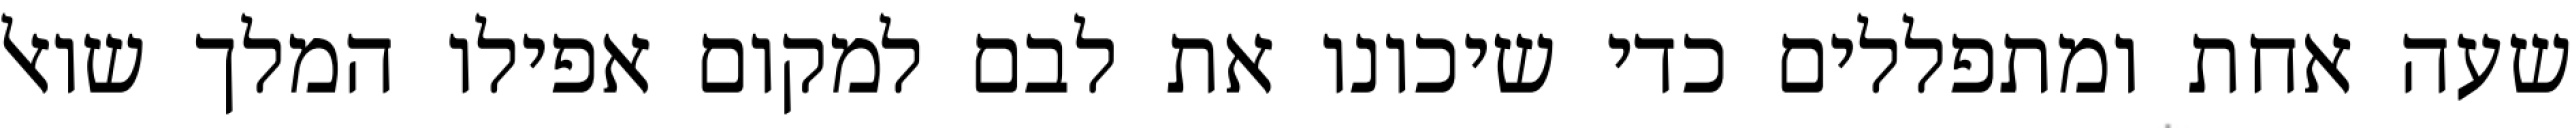
שעה אחת ומתפללים כדי שיכונו את לבם למקום אפילו המלך שואל